Mental hospitals Bombay report 1929-33 - 1929-1933
Year: 1929
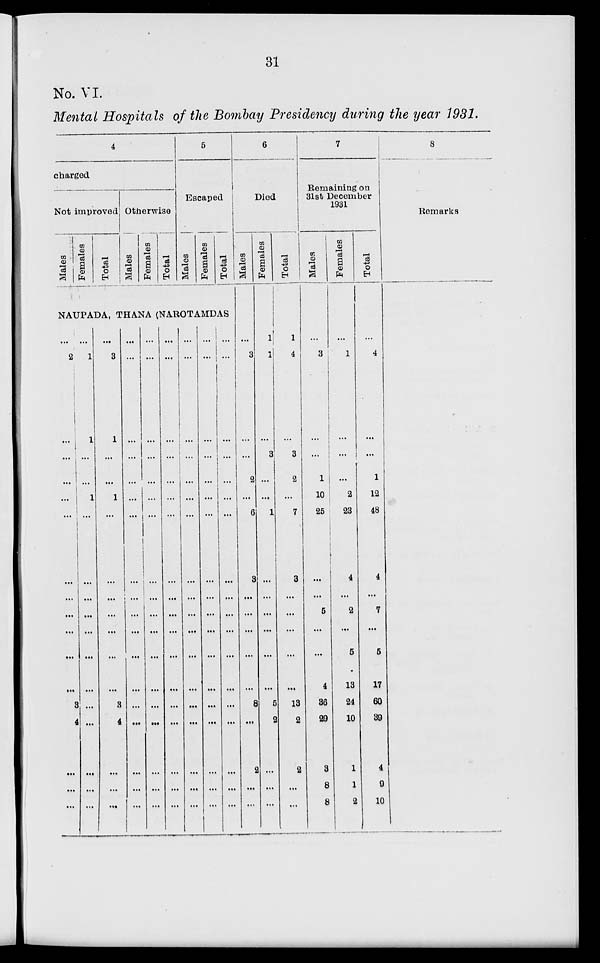
31
No. VI.
Mental Hospitals of the Bombay Presidency during the year 1931.
4
charged
Not improved
Males
Females
Total
Otherwise
Males
Females
Total
5
Escaped
Males
Females
Total
NAUPADA, THANA (NAROTAMDAS
...
2
...
...
...
...
...
...
...
...
...
...
...
3
4
...
...
...
...
1
1
...
...
1
...
...
...
...
...
...
...
...
...
...
...
...
...
3
1
...
...
1
...
...
...
...
...
...
...
3
4
...
...
...
...
...
...
...
...
...
...
...
...
...
...
...
...
...
...
...
...
...
...
...
...
...
...
...
...
...
...
...
...
...
...
...
...
...
...
...
...
...
...
...
...
...
...
...
...
...
...
...
...
...
...
...
...
...
...
...
...
...
...
...
...
...
...
...
...
...
...
...
...
...
...
...
...
...
...
...
...
...
...
...
...
...
...
...
...
...
...
...
...
...
...
...
...
...
...
...
...
...
...
...
...
...
...
...
...
...
...
...
6
Died
Males
...
3
...
...
2
...
6
3
...
...
...
...
...
8
...
2
...
...
Females
1
1
...
3
...
...
1
...
...
...
...
...
...
5
2
...
...
...
Total
1
4
...
3
2
...
7
3
...
...
...
...
...
13
2
2
...
...
7
Remaining on
31st December
1931
Males
...
3
...
...
1
10
25
...
...
5
...
...
4
36
29
3
8
8
Females
...
1
...
...
...
2
23
4
...
2
...
5
13
24
10
1
1
2
Total
...
4
...
...
1
12
48
4
...
7
...
5
17
60
39
4
9
10
8
Remarks